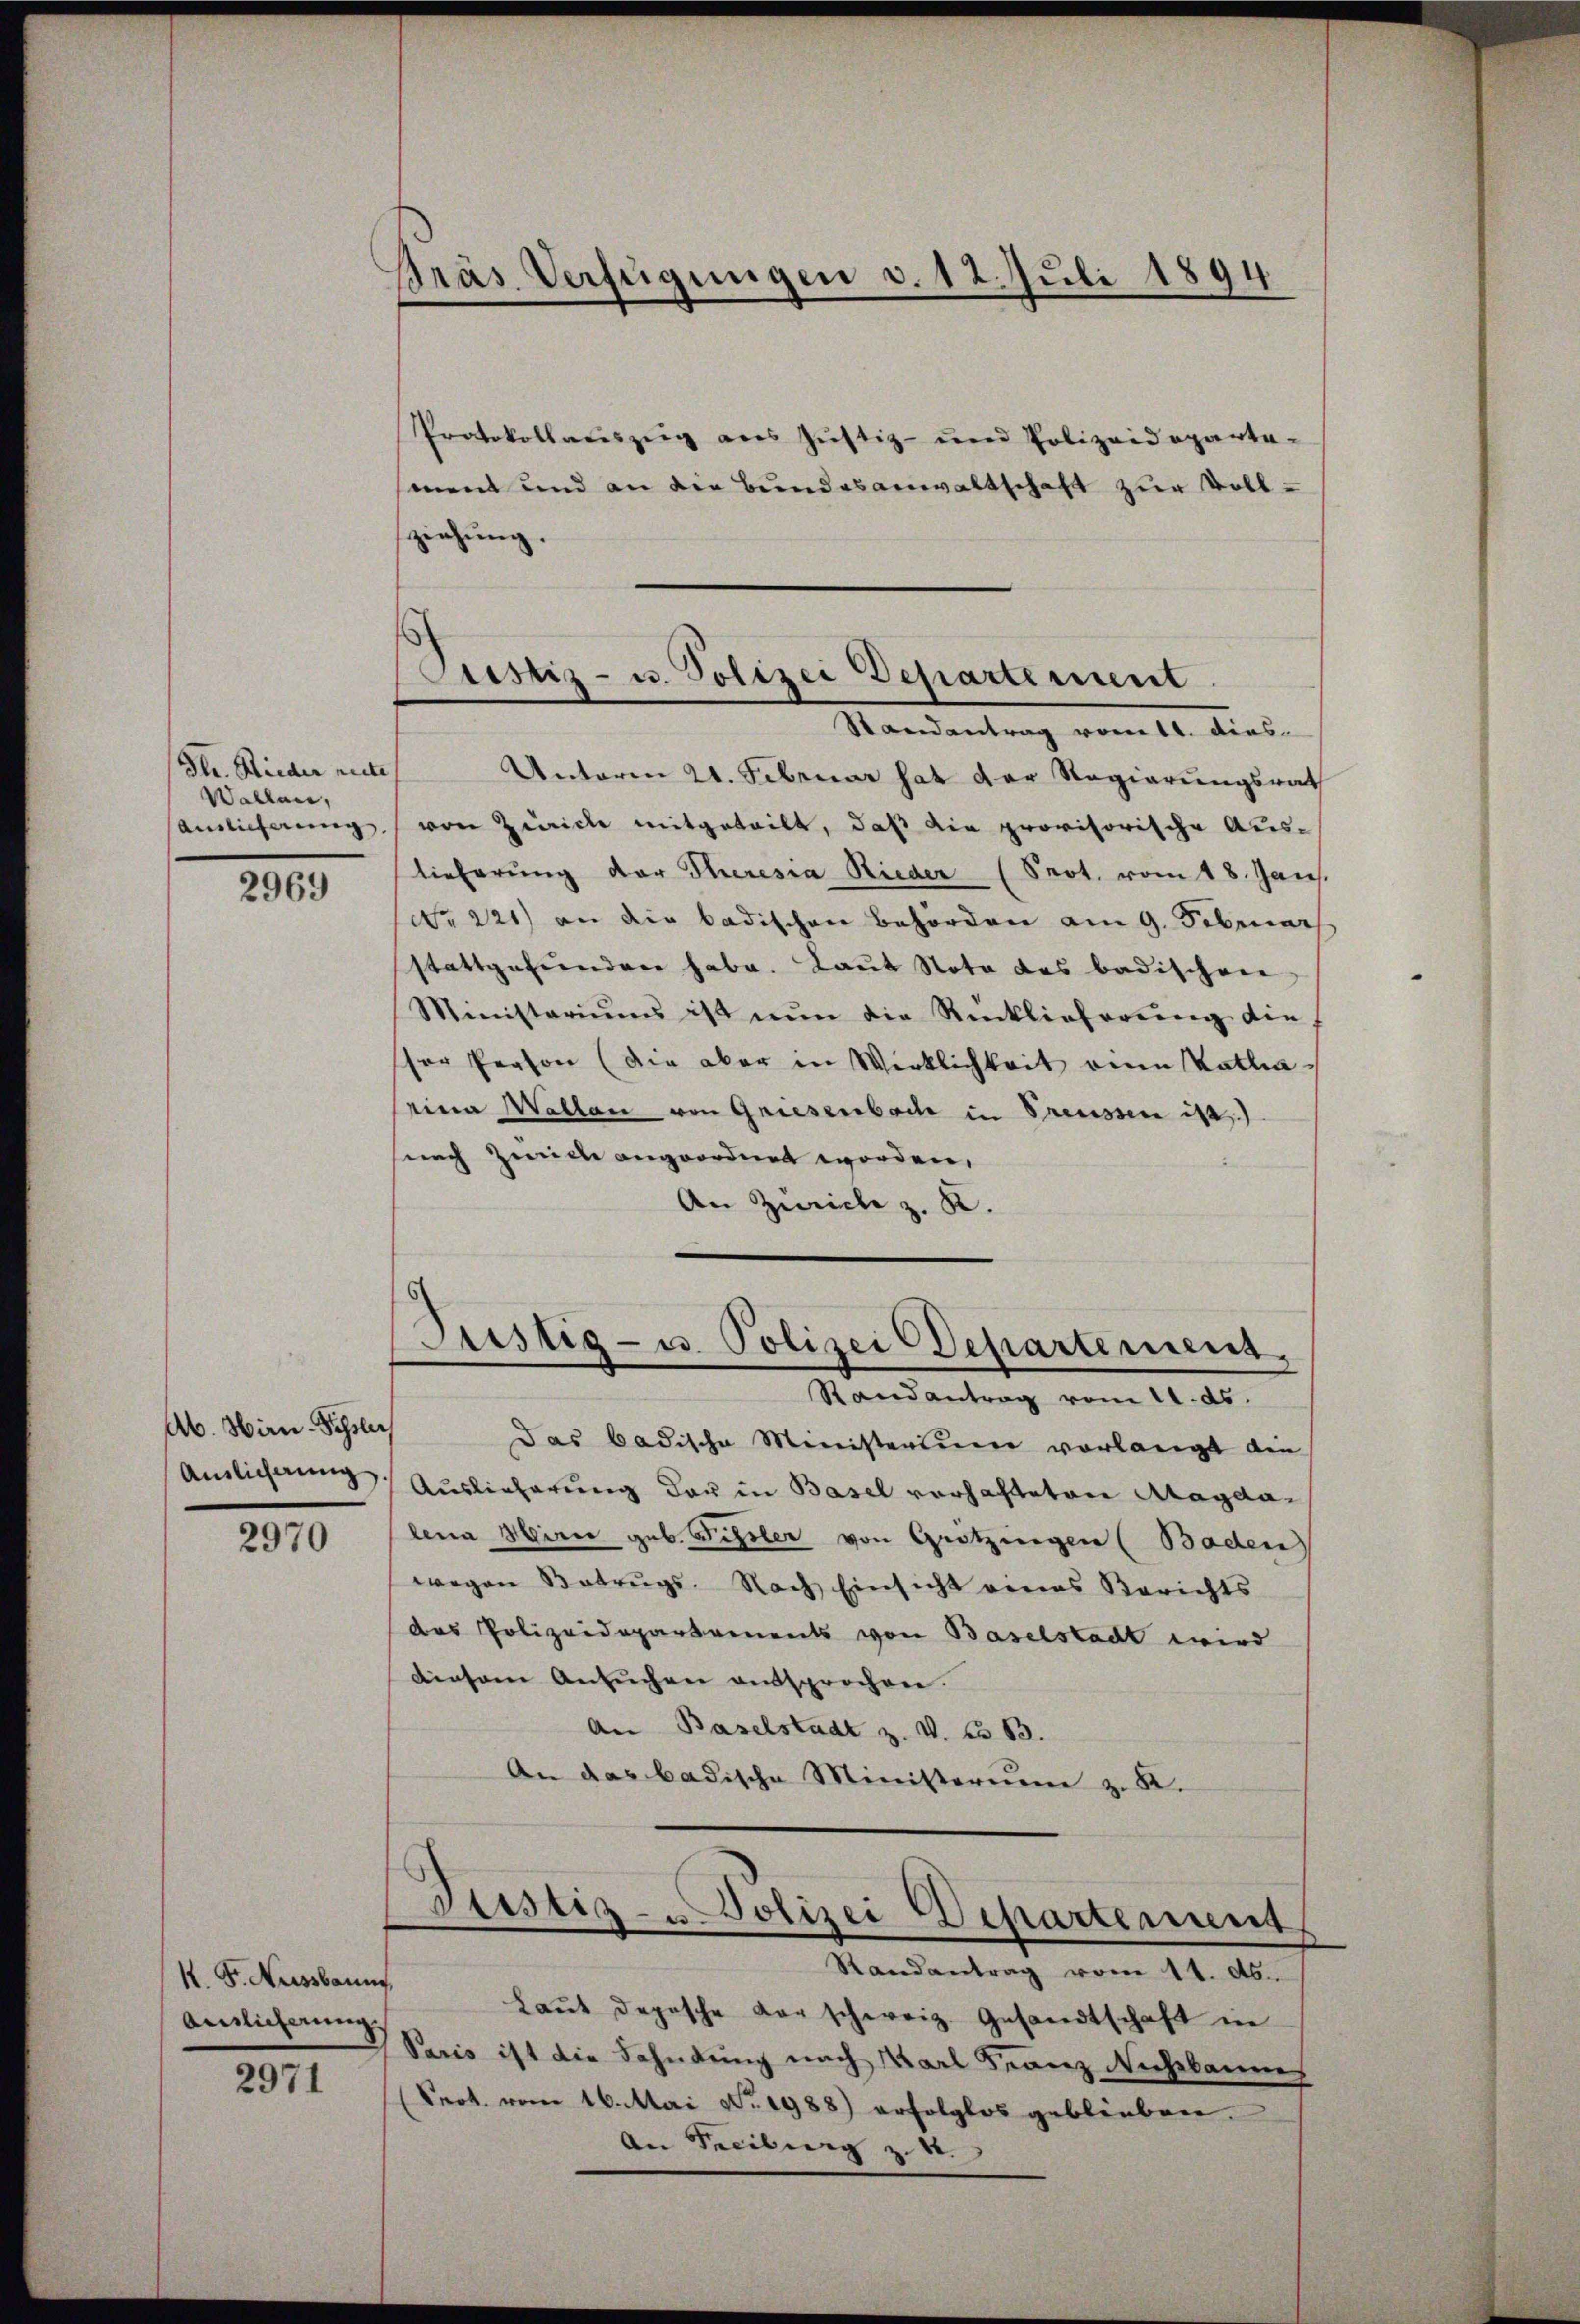
Gr. Rieder recte
Waltar,
2969

Ab. Wirn-Schlich
Amlichung

2970

K. Fr. Nussbaung
Auslicherung

2971

Bräs Verfügungen d. 12. Juli 1894

Protokollauszug aus Justiz- und Polizeideparte-
sment und an die Bundesanwaltschaft zur Vollziehung.

Unterm 21. Februar hat der Regierungsrath
amlicherung von Zürich mitgeteilt, daß die provisorische Auslieferung der Theresia Rieder (Prot. vom 18. Jan.
No. 221) an die badischen Behörden am 9. Februar
stattgefundere habe. Laut Nota das badischen
Ministariums ist nŭn die Rücklieferŭng die
ser Person (die aber in Wirklichkeit eine Kathaseine Wallen von Griesenbache in Preussen ist.)
snach Ziele angeordnet worden,
An Zürich z. R.

Prestiz- u. Polizei Departement
Randantrag vom 11. dies

Justig- u. Polizei Departement,
Randantrag vom 11. ds.

das badische Ministerium vorlangt die
Auslieferung der in Basel vorhalteten Magdalena Hirer geb. Sissler von Grötzingen (Baden)
wegen Betrugs. Nach Einsicht eines Berichts
das Polizeidepartements von Baselstadt wird
diesem Ansŭchen entsprochen.
An Baselstadt z. V. No 13.
An das badische Ministerium zu R.

Justig - Polizei Departement

Randantrag vom 11. ds.
Laŭt depesche Vorschweiz. Gesandtschaft in
Paris ist die Fahndung nach Karl Franz Nichtbaumes
(Prot. vom 16. Mai Nr. 1988) erfolglos geblieben.
An Freiburg z. 4.